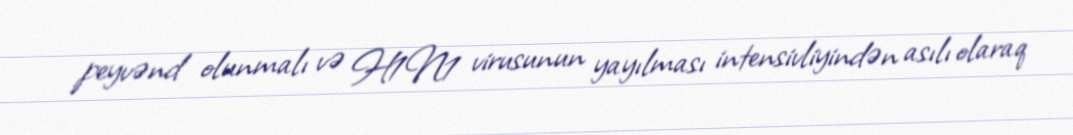
peyvənd olunmalı və H1N1 virusunun yayılması intensivliyindən asılı olaraq